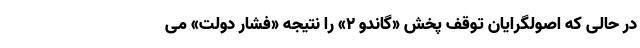
در حالی که اصولگرایان توقف پخش «گاندو ۲» را نتیجه «فشار دولت» می‌